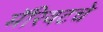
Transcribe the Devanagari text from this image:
मॅरियटचे